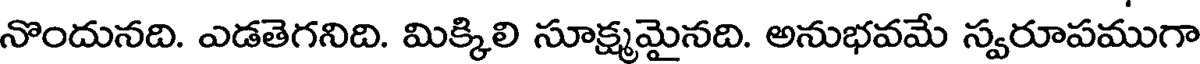
నొందునది. ఎడతెగనిది. మిక్కిలి సూక్ష్మమైనది. అనుభవమే స్వరూపముగా